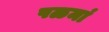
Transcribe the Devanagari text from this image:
पळमां